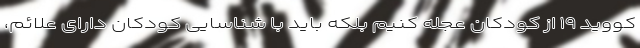
کووید ۱۹ از کودکان عجله کنیم بلکه باید با شناسایی کودکان دارای علائم،